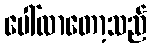
ပေါ်လာတော့သည်